Annual statistical returns and brief notes on vaccination in Bengal - 1909-1929
Year: 1909
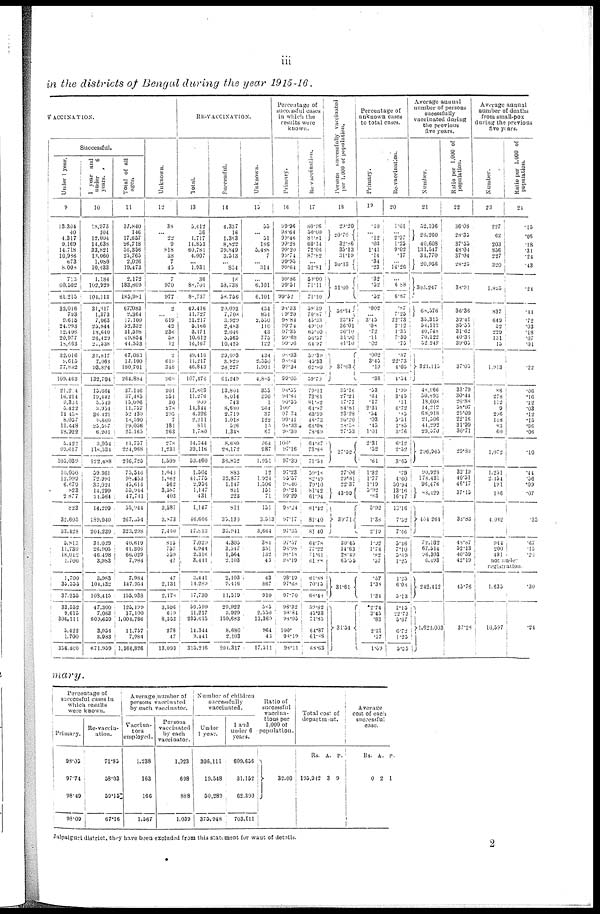
iii
in the districts of Bengal during the year 1915-16.
VACCINATION.
Successful.
Under 1 year.
9
13,304
40
4,317
9,169
14,718
10,936
673
8,008
713
60,502
61,215
32,016
793
9,615
24,993
12,408
20,977
18,663
32,016
9,615
77,832
109,463
21,204
16,214
9,384
5,422
14,438
8,057
11,443
18,922
5,422
99,617
105,039
10,050
12,999
6,679
823
2,877
823
32,605
33,428
5,813
11,730
18,012
1,700
1,700
35,555
37,255
33,552
9,615
306,111
5,422
1,700
356,400
1 year and
under
6
years.
10
18,973
104
12,004
14,638
33,821
13,060
1,080
10,433
1,184
102,929
104,113
31,317
1,373
7,063
25,844
18,640
26,429
21,538
31,817
7,063
93,824
132,704
15,664
19,442
5,549
3,954
36,421
9,660
25,597
6,261
3,954
118,334
122,488
59,361
72,991
33,024
14,299
21,564
14,299
189,940
204,239
31,029
26,905
46,498
3,983
3,983
104,432
108,415
47,300
7,063
609,659
3,954
3,983
671,959
Total of all
ages.
11
37,840
146
17,657
26,713
56,356
25,765
2,026
19,473
2,172
183,809
185,981
67,083
2,364
17,100
52,332
31,598
49,854
41,553
67,083
17,100
180,701
264,884
37,146
37,485
15,096
11,757
52,430
18,590
39,056
25,165
11,757
224,968
266,725
75,546
98,453
45,614
55,914
47,741
55,944
267,554
323,298
40,619
41,306
66,029
7,984
7,984
147,934
155,933
125,199
17,100
1,004,786
11,757
7,984
1,166,826
Unknown.
12
38
... 22
9
818
38
7
45
7
970
977
2
... 619
42
236
58
12
2
619
348
969
201
254
30
278
295
7
131
263
278
1,231
1,509
1,046
1,862
562
3,587
403
3,587
3,873
7,460
815
757
559
47
47
2,131
2,178
3,596
619
8,553
278
47
13,993
RE-VACCINATION.
Total.
13
5,412
56
1,717
14,853
60,781
4,007
... 1,931
36
86,70l
80,737
49,416
11,727
11,217
5,166
3,171
10,612
16,167
49,416
11,217
46,843
107,476
17,803
11,276
909
11,344
4,326
2,211
811
1,780
14,344
39,116
53,460
1,504
41,775
2,956
1,147
431
1,147
46,666
47,813
7,029
4,944
2,316
3,441
3,441
14,289
17,730
50,599
11,217
235,615
14,344
3,441
315,216
Successful.
14
4,337
16
1,363
8,822
39,849
3,513
... 854
18
53,738
58,756
29,093
7,708
3,929
2,483
2,046
5,565
10,425
29,093
3,929
26,227
61,249
13,804
8,014
743
8,680
2,719
1,018
526
1,348
8,680
28,172
36,852
883
32,877
1,147
811
223
811
35,130
35,941
4,305
3,347
1,564
2,103
2,103
9,416
11,519
29,922
3,929
159,683
8,680
2,103
204,317
Unknown.
15
55
51
186
5,488
7
... 314
...
6,101
6,101
434
851
2,550
110
43
775
122
434
2,550
1,901
4,885
355
390
1
964
37
122
l5
67
964
987
1,951
12
1,924
1,506
151
71
151
3,513
3,664
384
351
132
43
43
867
910
585
2,550
13,369
964
43
17,511
Percentage of
successful cases
in which the
results were
known.
Primary.
16
99.96
98.64
99.46
99.28
99.20
99.74
99.95
99.64
99.86
99.51
99.52
98.33
99.20
98.81
99.74
97.35
99.68
99.96
98.33
98.84
39.34
99.05
98.55
94.86
90.55
100.
97.74
99.41
98.33
98.30
100.
97.16
97.30
97.23
95.57
98.40
98.24
99.29
98.24
97.17
97.35
97.57
96.98
98.18
98.19
98.19
97.68
97.70
93.32
98.34
98.05
100.
98.19
93.11
Re-vaccination.
17
80.96
50.00
81.81
60.14
72.06
87.82
...
52.81
50.00
71.11
71.10
59.39
70.87
43.33
49.10
65.40
56.57
64.97
59.39
45.33
62.80
59.70
79.11
73.61
81.82
64.87
63.39
48.73
66.08
78.69
64.87
73.88
71.51
59.18
82.49
79.10
81.42
61.94
81.42
81.40
81.40
64.78
77.22
71.61
61.88
61.88
70.15
63.48
59.82
45.33
71.85
64.87
61.88
68.63
Persons successfully vaccinated
per 1,000 of population.
18
29.20
20.70
32.86
35.13
31.19
30.13
31.09
56.34
23.47
36.01
26.10
31.00
41.10
37.63
35.16
27.21
17.77
84.81
23.23
20.20
28.58
27.53
27.52
27.06
29.81
22.37
43.99
39. 71
30.45
34.63
28.49
65.55
31.61
31.54
Percentage of
unknown cases
to total cases.
Primary.
19
.10
... .12
.03
1.41
.14
.34
.23
.32
.52
.52
.002
... 3.45
.08
.72
.11
.02
.002
3.43
.19
.36
.53
.64
.17
231
.54
.03
.43
1.01
2.31
.52
.61
1.32
1.77
1.19
5.92
.83
5.92
1.38
2.19
1.92
1.74
.82
.57
.37
1.38
1.34
2.74
3.45
.83
2.31
.57
1.09
Re-vaccination.
20
1.01
... 2.97
1.25
9.02
.17
...
16.26
...
6.88
6.87
.87
7.25
22.73
2.42
1.35
7.30
.75
.87
22.73
4.05
4.54
1.99
3.45
.11
6.72
.83
5.51
1.85
3.76
6.12
2.52
3.65
.79
4.60
50.94
13.16
16.17
13.16
7.52
7.66
5.46
7.10
5.69
1.25
1.25
6.06
5.13
1.15
22.73
5.67
6.72
1.25
5.55
Average annual
number of persons
sucessfully
vaccinated during
the previous
five years.
Number.
21
52,106
26,260
40,608
131,547
34,770
20,956
303,247
68,576
35,315
54,1l2
40,748
70,122
52,242
321,115
47,966
50,893
18,608
14,212
68,918
21,506
44,292
29,570
296,965
90,928
178,431
96,476
83,429
434.264
72,102
67,514
96,303
6,493
242,412
1,621,003
Ratio per 1,000 of
population.
22
36.08
28.35
37.55
48.04
37.04
28.25
38.91
36.36
39.41
33.55
31.62
40.36
39.03
37.05
33.79
30.44
20.88
58.97
29.09
22.16
31.99
30.71
29.88
32.19
40.51
46.17
37.15
38.83
48.87
52.13
40.59
42.19
45.76
37.23
Average annual
number of deaths
from small-pox
during the previous
five years.
Number.
23
227
62
203
856
227
320
1,825
837
649
52
229
131
15
1,913
86
278
112
9
296
148
83
60
1,072
1,251
2,454
191
186
4,082
944
200
491
Ratio per 1,000 of
population.
24
.15
.06
.18
.31
.24
.43
.24
.44
.72
.03
.18
.07
.01
.22
.06
.16
.12
.03
.12
.15
.06
.06
.10
.44
.56
.09
.07
.35
.67
.15
.20
not under
registration.
1,635
10,597
.30
.24
mary.
Percentage of
successful cases in
which results
were known.
Primary.
93.05
97.74
98.49
93.09
Re-vaccin-
ation.
71.85
58.03
69.15
67.16
Average number of
persons vaccinated
by each vaccinator.
Vaccina-
tors
employed.
1,238
163
166
1,567
Persons
vaccinated
by each
vaccinator.
1,023
698
888
1,039
Number of children
successfully
vaccinated.
Under
1 year.
306,111
19,548
50,289
375,948
1 and
under 6
years.
609,656
31,152
62,300
703,111
Ratio of
successful
vaccina-
tions per
1,000 of
population.
32.00
Total cost of
department.
Rs.
195,942
A.
3
P.
9
Average
cost of each
successful
case.
Rs.
0
A.
2
P.
1
Jalpaiguri district, they have been excluded from this statement for want of details.
2